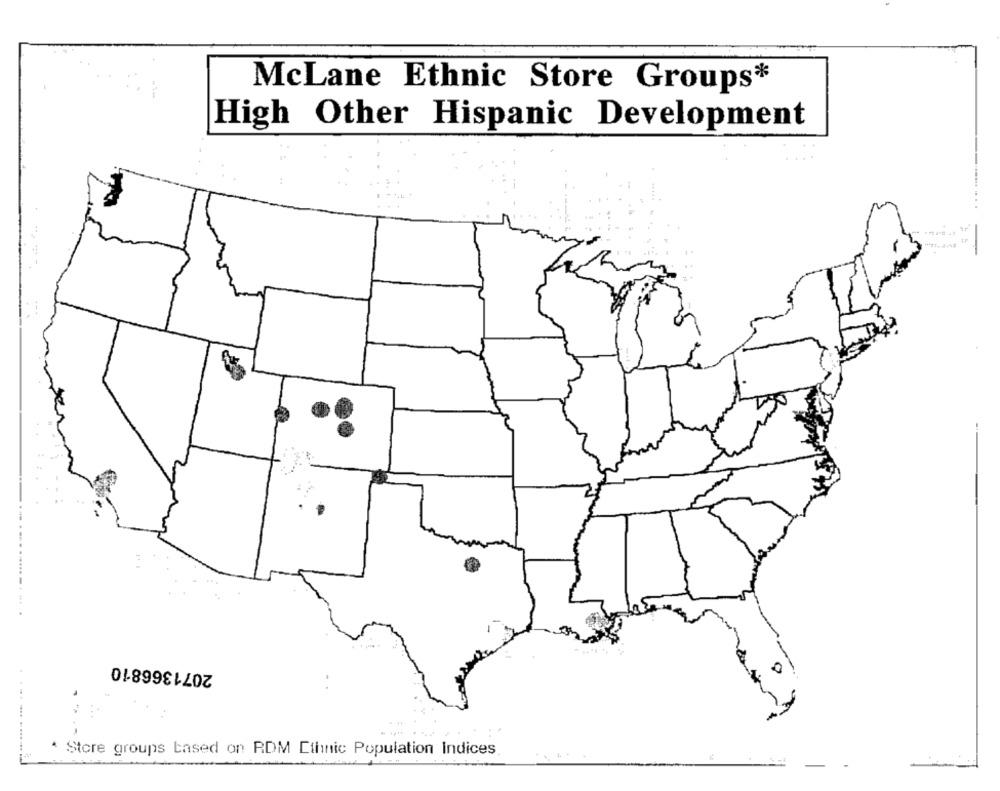
McLane Ethnic Store Groups*
High Other Hispanic Development
2071366810
..-
...
Store groups based on RDM Ethnic Population Indices